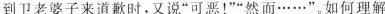
等到卫老婆子来道歉时，又说”可恶！””然而……”。如何理解